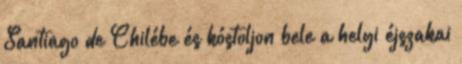
Santiago de Chilébe és kóstoljon bele a helyi éjszakai